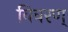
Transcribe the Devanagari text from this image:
विवरण्‌